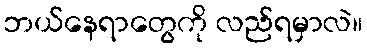
ဘယ်နေရာတွေကို လည်ရမှာလဲ။